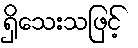
ရှိသေးသဖြင့်